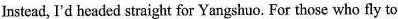
Instead, I'd headed straight for Yangshuo. For those who fly to